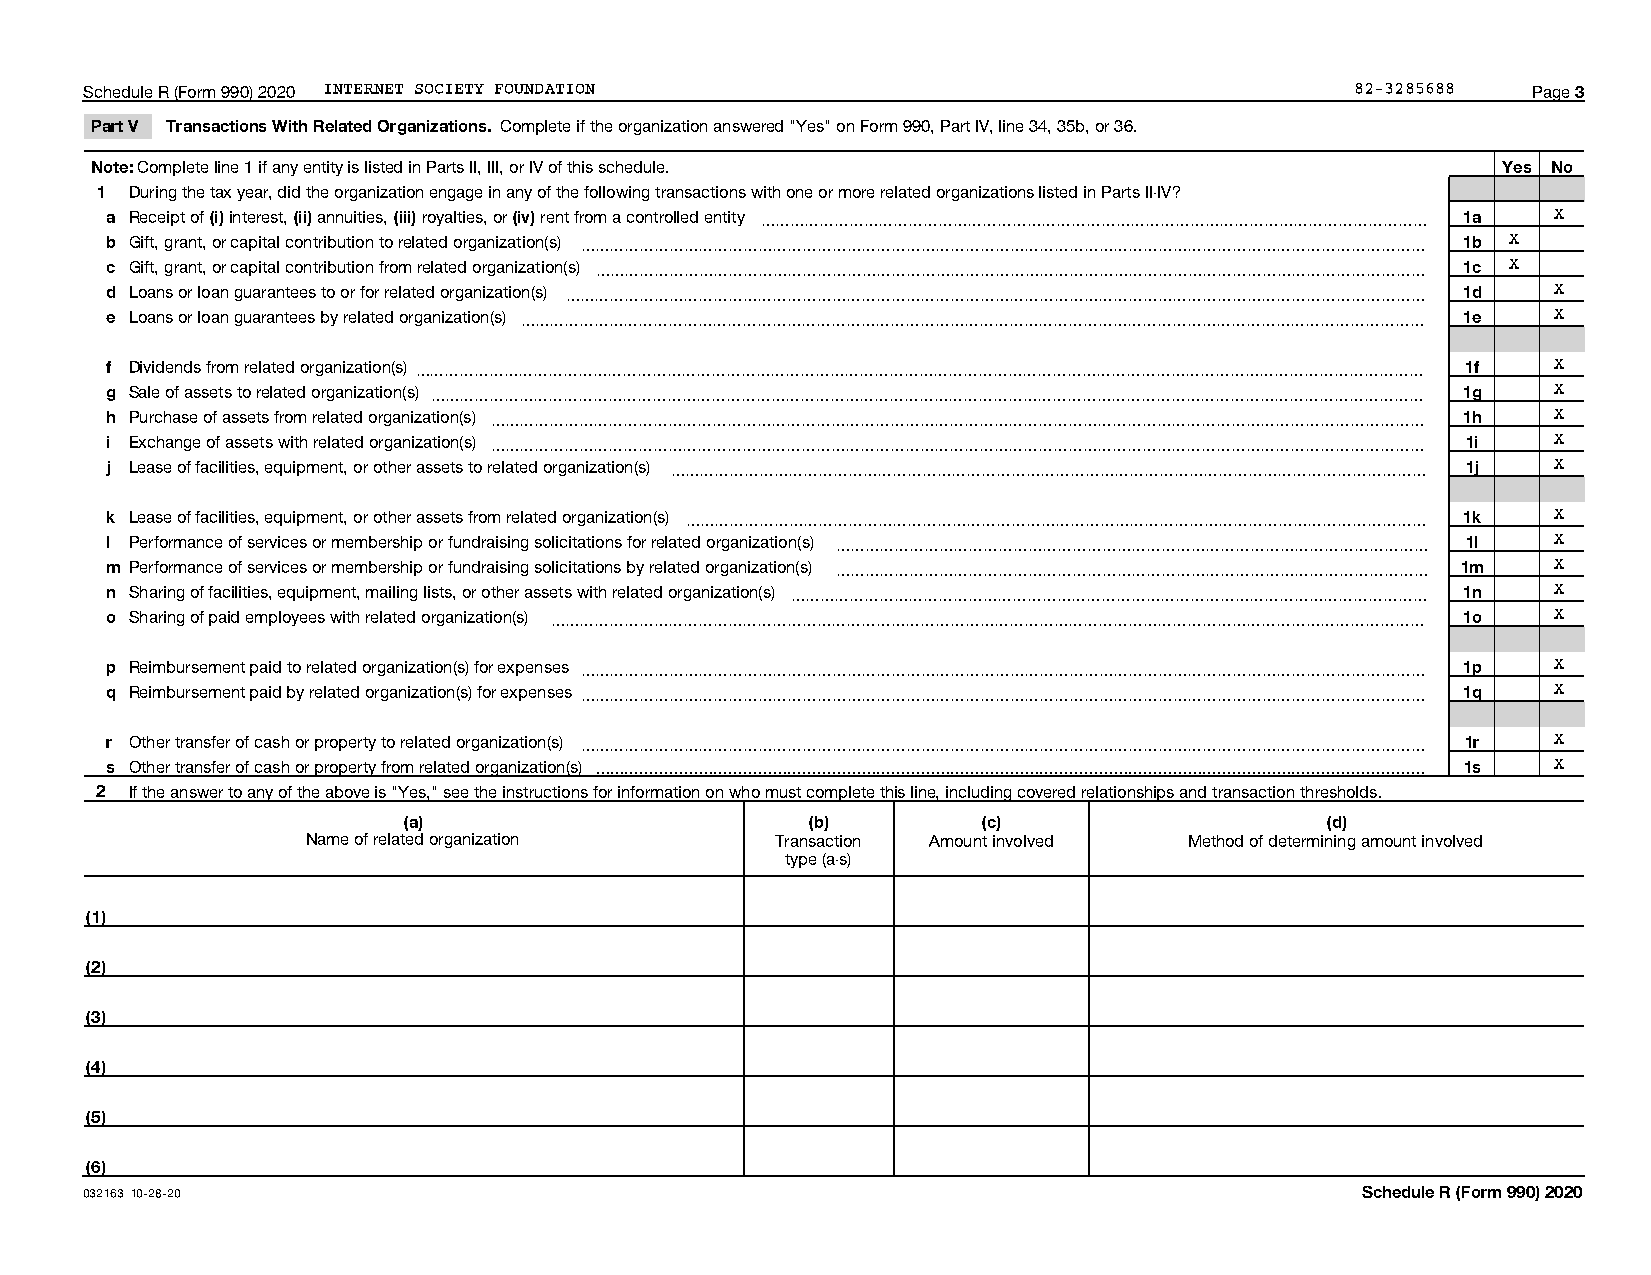
Schedule R (Form 990) 2020 INTERNET SOCIETY FOUNDATION                              82-3285688 Page 3
 Part V Transactions With Related Organizations. Complete if the organization answered "Yes" on Form 990, Part IV, line 34, 35b, or 36.
 Note: Complete line 1 if any entity is listed in Parts II, III, or IV of this schedule.      Yes No
 1  During the tax year, did the organization engage in any of the following transactions with one or more related organizations listed in Parts II-IV?
 a Receipt of (i) interest, (ii) annuities, (iii) royalties, or (iv) rent from a controlled entity ~~~~~~~~~~~~~~~~~~~~~~~~~~~~~~~~~~~~~~~~~~~~~ 1a X
 b Gift, grant, or capital contribution to related organization(s) ~~~~~~~~~~~~~~~~~~~~~~~~~~~~~~~~~~~~~~~~~~~~~~~~~~~~~~~~~ 1b X
 c Gift, grant, or capital contribution from related organization(s) ~~~~~~~~~~~~~~~~~~~~~~~~~~~~~~~~~~~~~~~~~~~~~~~~~~~~~~~~ 1c X
 d Loans or loan guarantees to or for related organization(s) ~~~~~~~~~~~~~~~~~~~~~~~~~~~~~~~~~~~~~~~~~~~~~~~~~~~~~~~~~~ 1d X
 e Loans or loan guarantees by related organization(s) ~~~~~~~~~~~~~~~~~~~~~~~~~~~~~~~~~~~~~~~~~~~~~~~~~~~~~~~~~~~~~ 1e X
 f Dividends from related organization(s)~~~~~~~~~~~~~~~~~~~~~~~~~~~~~~~~~~~~~~~~~~~~~~~~~~~~~~~~~~~~~~~~~~~~ 1f X
 g Sale of assets to related organization(s) ~~~~~~~~~~~~~~~~~~~~~~~~~~~~~~~~~~~~~~~~~~~~~~~~~~~~~~~~~~~~~~~~~~~ 1g X
 h Purchase of assets from related organization(s) ~~~~~~~~~~~~~~~~~~~~~~~~~~~~~~~~~~~~~~~~~~~~~~~~~~~~~~~~~~~~~~~ 1h X
 i Exchange of assets with related organization(s) ~~~~~~~~~~~~~~~~~~~~~~~~~~~~~~~~~~~~~~~~~~~~~~~~~~~~~~~~~~~~~~~ 1i X
 j Lease of facilities, equipment, or other assets to related organization(s) ~~~~~~~~~~~~~~~~~~~~~~~~~~~~~~~~~~~~~~~~~~~~~~~~~~~ 1j X
 k Lease of facilities, equipment, or other assets from related organization(s) ~~~~~~~~~~~~~~~~~~~~~~~~~~~~~~~~~~~~~~~~~~~~~~~~~~ 1k X
 l Performance of services or membership or fundraising solicitations for related organization(s) ~~~~~~~~~~~~~~~~~~~~~~~~~~~~~~~~~~~~~~~~ 1l X
 m Performance of services or membership or fundraising solicitations by related organization(s) ~~~~~~~~~~~~~~~~~~~~~~~~~~~~~~~~~~~~~~~~ 1m X
 n Sharing of facilities, equipment, mailing lists, or other assets with related organization(s) ~~~~~~~~~~~~~~~~~~~~~~~~~~~~~~~~~~~~~~~~~~~ 1n X
 o Sharing of paid employees with related organization(s) ~~~~~~~~~~~~~~~~~~~~~~~~~~~~~~~~~~~~~~~~~~~~~~~~~~~~~~~~~~~ 1o X
 p Reimbursement paid to related organization(s) for expenses ~~~~~~~~~~~~~~~~~~~~~~~~~~~~~~~~~~~~~~~~~~~~~~~~~~~~~~~~~ 1p X
 q Reimbursement paid by related organization(s) for expenses ~~~~~~~~~~~~~~~~~~~~~~~~~~~~~~~~~~~~~~~~~~~~~~~~~~~~~~~~~ 1q X
 r Other transfer of cash or property to related organization(s) ~~~~~~~~~~~~~~~~~~~~~~~~~~~~~~~~~~~~~~~~~~~~~~~~~~~~~~~~~ 1r X
 s Other transfer of cash or property from related organization(s)  1s X
 2  If the answer to any of the above is "Yes," see the instructions for information on who must complete this line, including covered relationships and transaction thresholds.
 (a)                        (b)        (c)                    (d)
 Name of related organization   Transaction Amount involved Method of determining amount involved
 type (a-s)
 (1)
 (2)
 (3)
 (4)
 (5)
 (6)
 032163 10-28-20                                                                     Schedule R (Form 990) 2020